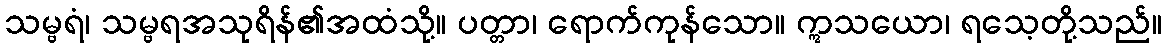
သမ္ဗရံ၊ သမ္ဗရအသုရိန်၏အထံသို့။ ပတ္တာ၊ ရောက်ကုန်သော။ ဣသယော၊ ရသေ့တို့သည်။